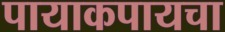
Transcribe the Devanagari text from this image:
पायाकपायचा